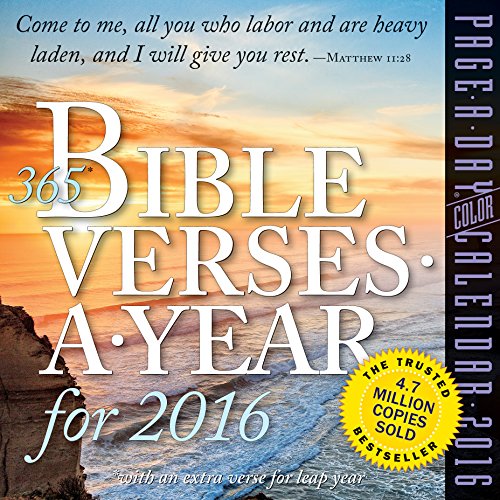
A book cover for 365 Bible Verses-A-Year Color Page-A-Day Calendar 2016; Workman Publishing; Calendars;